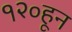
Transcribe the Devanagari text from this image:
१२०हून